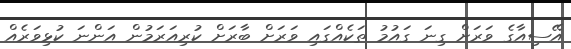
އޭސިއާގެ ވަރަށް ގިނަ ގައުމު ތަކެއްގައި ވަރަށް ބާރަށް ކުރިއަރަމުން އަންނަ ކުޅިވަރެއް